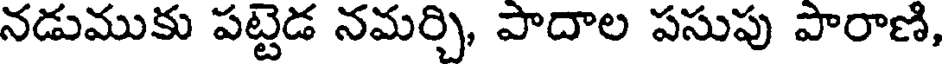
నడుముకు పట్టెడ నమర్చి, పాదాల పసుపు పారాణి,